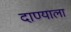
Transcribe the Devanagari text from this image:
दाण्याला